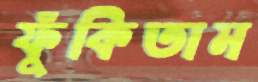
ফুঁকিতাম